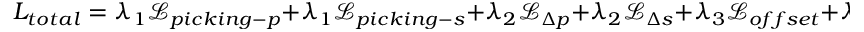
L _ { { t o t a l } } = \lambda _ { 1 } \mathcal { L } _ { { p i c k i n g - p } } + \lambda _ { 1 } \mathcal { L } _ { { p i c k i n g - s } } + \lambda _ { 2 } \mathcal { L } _ { \Delta p } + \lambda _ { 2 } \mathcal { L } _ { \Delta s } + \lambda _ { 3 } \mathcal { L } _ { { o f f s e t } } + \lambda _ { 3 } \mathcal { L } _ { { d e p t h } } .